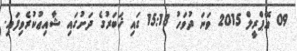
09 އޭޕްރީލް 2015 ވަނަ ދުވަހު 15:18 ގައި ޚަބަރުގެ ދަށުގައި ޝާއިޢުކުރެވިފައި.